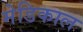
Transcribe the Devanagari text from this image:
मेडिकाल